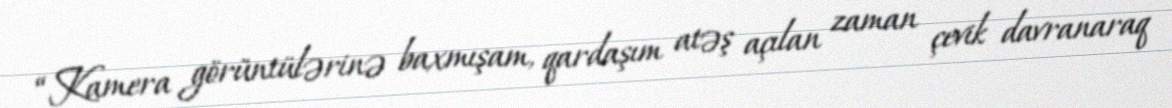
“Kamera görüntülərinə baxmışam, qardaşım atəş açılan zaman çevik davranaraq